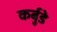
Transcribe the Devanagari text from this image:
कर्बुडे